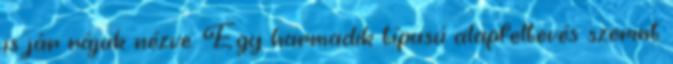
is jár rájuk nézve. Egy harmadik típusú alapfeltevés szerint